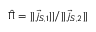
\hat { \Pi } = { | | \vec { j } _ { S , 1 } | | } / { | | \vec { j } _ { S , 2 } | | }